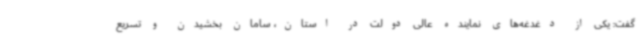
گفت: یکی از دغدغه‌های نماینده عالی دولت در استان، سامان بخشیدن و تسریع